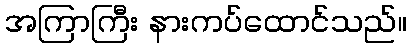
အကြာကြီး နားကပ်ထောင်သည်။